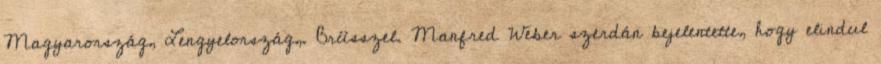
Magyarország, Lengyelország,. Brüsszel. Manfred Weber szerdán bejelentette, hogy elindul